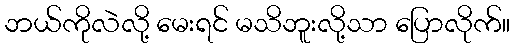
ဘယ်ကိုလဲလို့ မေးရင် မသိဘူးလို့သာ ပြောလိုက်။